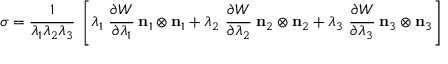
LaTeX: { \boldsymbol { \sigma } } = { \cfrac { 1 } { \lambda _ { 1 } \lambda _ { 2 } \lambda _ { 3 } } } ~ \left[ \lambda _ { 1 } ~ { \cfrac { \partial W } { \partial \lambda _ { 1 } } } ~ \mathbf { n } _ { 1 } \otimes \mathbf { n } _ { 1 } + \lambda _ { 2 } ~ { \cfrac { \partial W } { \partial \lambda _ { 2 } } } ~ \mathbf { n } _ { 2 } \otimes \mathbf { n } _ { 2 } + \lambda _ { 3 } ~ { \cfrac { \partial W } { \partial \lambda _ { 3 } } } ~ \mathbf { n } _ { 3 } \otimes \mathbf { n } _ { 3 } \right]